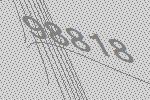
98818